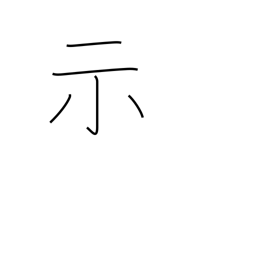
Meaning: express